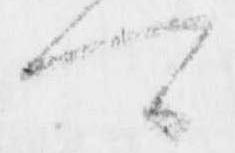
可